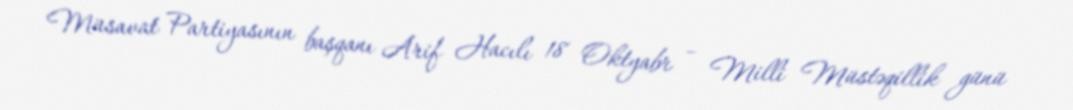
Müsavat Partiyasının başqanı Arif Hacılı 18 Oktyabr – Milli Müstəqillik günü